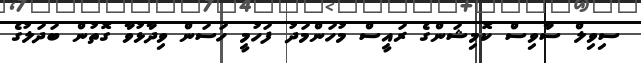
ސިވިލް ސާވިސް ކޮމިޝަންގެ ރައީސް މުހަންމަދު ފަހުމީ ހަސަން ވިދާޅުވާ ގޮތުން ބަދަލުގެ